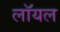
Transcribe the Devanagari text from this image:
लाॅयल